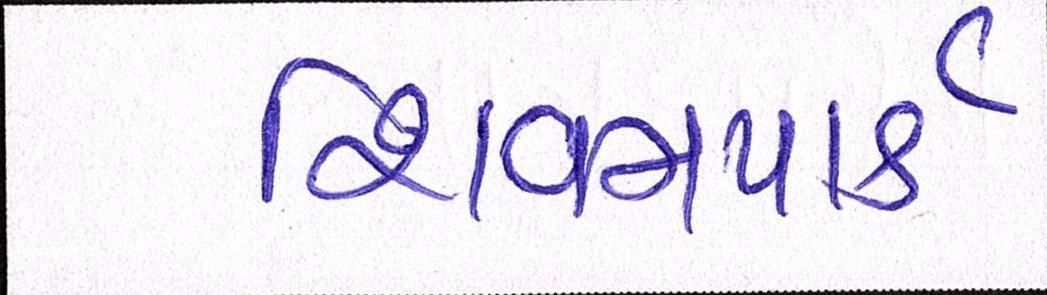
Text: શિવમપાર્ક